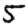
Digit: 5